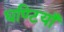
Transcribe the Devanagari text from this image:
घण्टियाँ